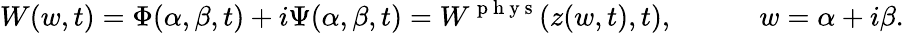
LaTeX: W(w,t)=\Phi(\alpha,\beta,t)+i\Psi(\alpha,\beta,t)=W^{\mathrm{~p~h~y~s~}}(z(w,t),t),\qquad\quad w=\alpha+i\beta.